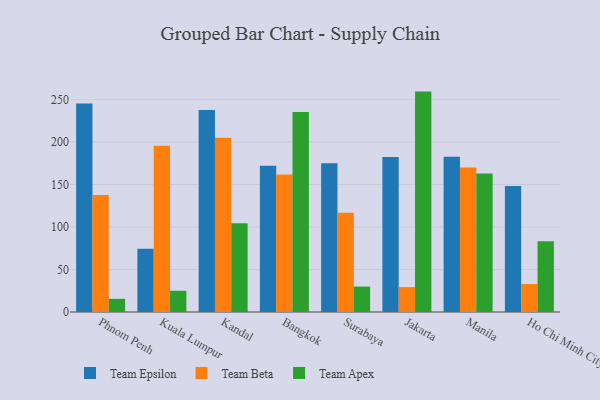
{"axis": {"x": "City", "y": "LTV (USD)"}, "legend": ["Team Apex", "Team Beta", "Team Epsilon"], "data": [{"x": "Phnom Penh", "y": 245.5, "type": "Team Epsilon"}, {"x": "Phnom Penh", "y": 137.8, "type": "Team Beta"}, {"x": "Phnom Penh", "y": 15.5, "type": "Team Apex"}, {"x": "Kuala Lumpur", "y": 74.4, "type": "Team Epsilon"}, {"x": "Kuala Lumpur", "y": 195.6, "type": "Team Beta"}, {"x": "Kuala Lumpur", "y": 25.0, "type": "Team Apex"}, {"x": "Kandal", "y": 237.8, "type": "Team Epsilon"}, {"x": "Kandal", "y": 205.2, "type": "Team Beta"}, {"x": "Kandal", "y": 104.4, "type": "Team Apex"}, {"x": "Bangkok", "y": 172.0, "type": "Team Epsilon"}, {"x": "Bangkok", "y": 161.8, "type": "Team Beta"}, {"x": "Bangkok", "y": 235.5, "type": "Team Apex"}, {"x": "Surabaya", "y": 175.1, "type": "Team Epsilon"}, {"x": "Surabaya", "y": 116.9, "type": "Team Beta"}, {"x": "Surabaya", "y": 29.9, "type": "Team Apex"}, {"x": "Jakarta", "y": 182.3, "type": "Team Epsilon"}, {"x": "Jakarta", "y": 29.3, "type": "Team Beta"}, {"x": "Jakarta", "y": 259.4, "type": "Team Apex"}, {"x": "Manila", "y": 182.6, "type": "Team Epsilon"}, {"x": "Manila", "y": 170.0, "type": "Team Beta"}, {"x": "Manila", "y": 162.9, "type": "Team Apex"}, {"x": "Ho Chi Minh City", "y": 148.3, "type": "Team Epsilon"}, {"x": "Ho Chi Minh City", "y": 32.9, "type": "Team Beta"}, {"x": "Ho Chi Minh City", "y": 83.3, "type": "Team Apex"}]}